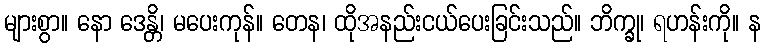
များစွာ။ နော ဒေန္တိ၊ မပေးကုန်။ တေန၊ ထိုအနည်းငယ်ပေးခြင်းသည်။ ဘိက္ခု၊ ရဟန်းကို။ န